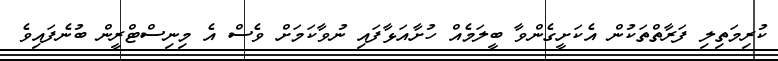
ކުރިމަތިލި ފަރާތްތަކުން އެކަށީގެންވާ ބީލަމެއް ހުށާއަޅާފައި ނުވާކަމަށް ވެސް އެ މިނިސްޓްރީން ބުނެފައިވެ